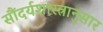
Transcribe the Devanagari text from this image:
सौंदर्यशास्त्रानुसार